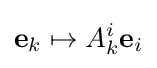
\mathbf {e} _{k}\mapsto A_{k}^{i}\mathbf {e} _{i}